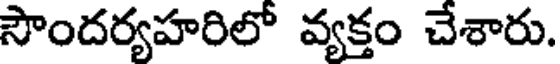
సౌందర్యహరిలో వ్యక్తం చేశారు.